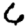
Digit: 6